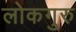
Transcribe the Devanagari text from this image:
लोकगुरु